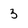
Character: 3